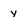
Character: y